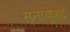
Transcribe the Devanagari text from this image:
स्नायूंकडे